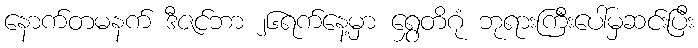
နောက်တမနက် ဒီဇင်ဘာ ၂၆ရက်နေ့မှာ ရွှေတိဂုံ ဘုရားကြီးပေါ်မှဆင်းပြီး